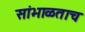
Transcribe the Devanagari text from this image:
सांभाळताच